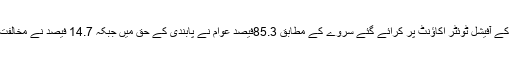
سیاست ڈاٹ پی کے آفیشل ٹوئٹر اکاؤنٹ پر کرائے گئے سروے کے مطابق 85.3فیصد عوام نے پابندی کے حق میں جبکہ 14.7 فیصد نے مخالفت میں رائے دی۔